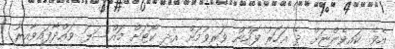
އެވެ. ކައިވެންޏަށް ދެ އަހަރު ފަހުން ވަރިވުމަށް އެދި ކޯޓަށް މައްސަލަ ވައްދާފައިވާއިރު